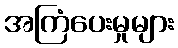
အကြံပေးမှုများ